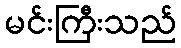
မင်းကြီးသည်